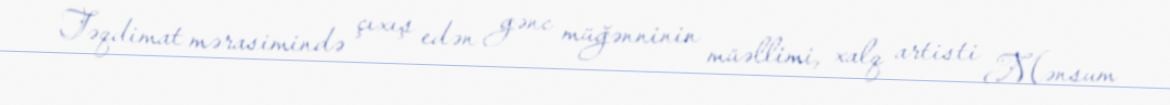
Təqdimat mərasimində çıxış edən gənc müğənninin müəllimi, xalq artisti Mənsum